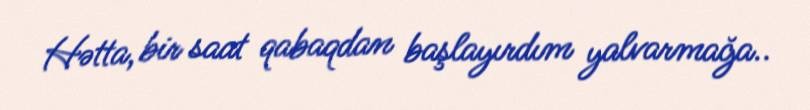
Hətta, bir saat qabaqdan başlayırdım yalvarmağa..